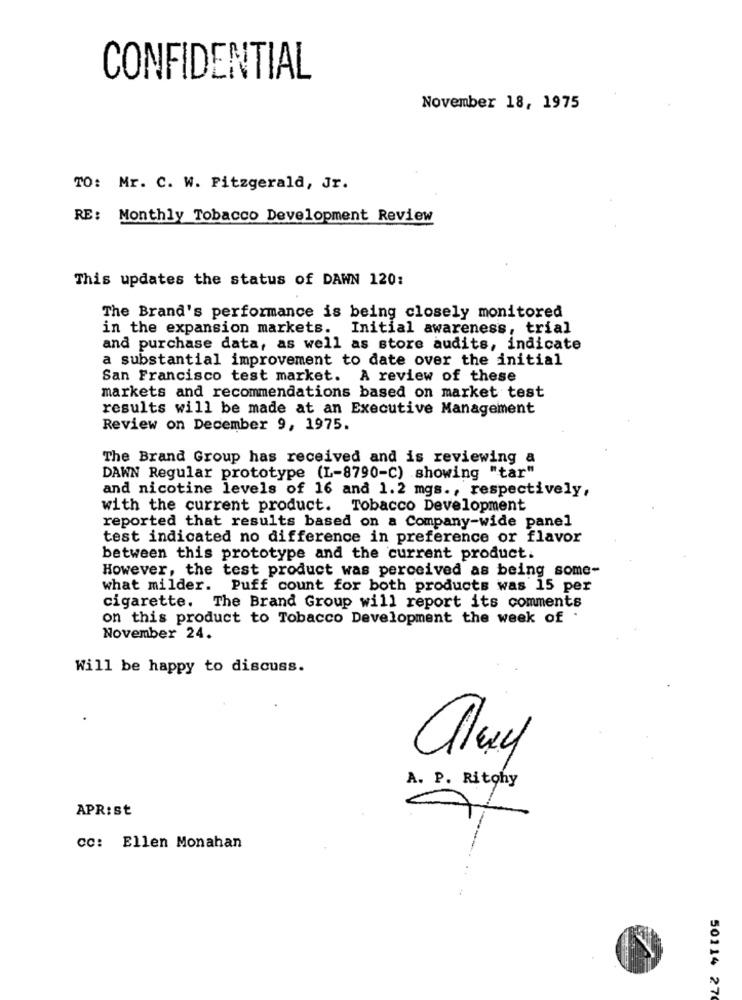
CONFIDENTIAL
November 18, 1975
TO: Mr. C. W. Fitzgerald, Jr.
RE: Monthly Tobacco Development Review
This updates the status of DAWN 120:
The Brand's performance is being closely monitored
in the expansion markets. Initial awareness, trial
and purchase data, as well as store audits, indicate
a substantial improvement to date over the initial
San Francisco test market. A review of these
markets and recommendations based on market test
results will be made at an Executive Management
Review on December 9, 1975.
The Brand Group has received and is reviewing a
DAWN Regular prototype (L-8790-C) showing "tar"
and nicotine levels of 16 and 1.2 mgs ., respectively,
with the current product. Tobacco Development
reported that results based on a Company-wide panel
test indicated no difference in preference or flavor
between this prototype and the current product.
However, the test product was perceived as being some-
what milder. Puff count for both products was 15 per
cigarette. The Brand Group will report its comments
on this product to Tobacco Development the week of .
November 24.
Will be happy to discuss.
A. P. Ritohy
APR:st
cc: Ellen Monahan
50114 27